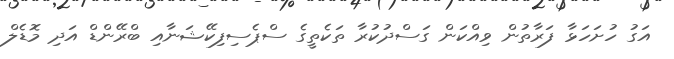
އަގު ހުށަހަޅާ ފަރާތުން ވިއްކަން ގަސްދުކުރާ ތަކެތީގެ ސްޕެސިފިކޭޝަނާއި ބްރޭންޑް އަދި މޮޑެލް